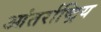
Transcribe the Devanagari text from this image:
आंतर्राष्ट्रिय